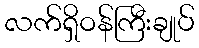
လက်ရှိဝန်ကြီးချုပ်